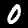
Digit: 0